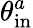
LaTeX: \theta_{\mathrm{in}}^{a}